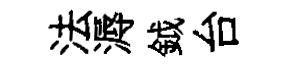
法溽鉞台